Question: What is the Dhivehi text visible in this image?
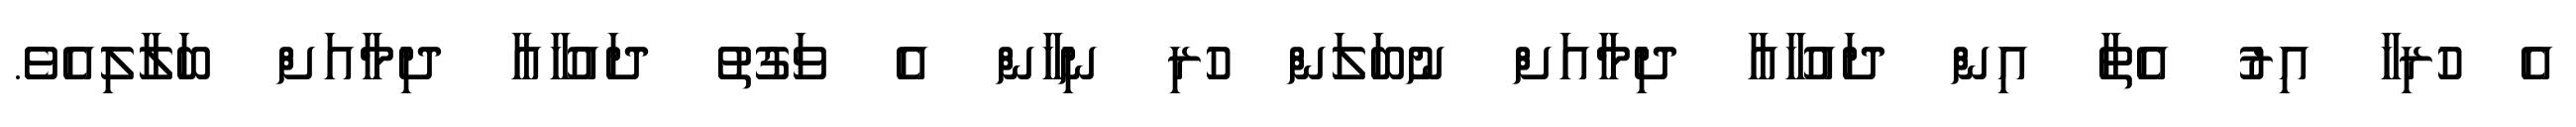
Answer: އެ ހުރިހާ އިރު އެތާ އިން ދައުހާއާ ދިމާއަށް ނުބަލަން ހުރި ނިހާން އެ ވަގުތު ދައުހާއާ ދިމާއަށް ބަލާލިއެވެ.